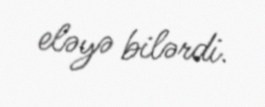
eləyə bilərdi.